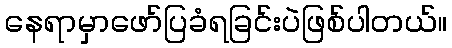
နေရာမှာဖော်ပြခံရခြင်းပဲဖြစ်ပါတယ်။